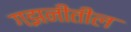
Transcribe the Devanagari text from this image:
गझनीतील